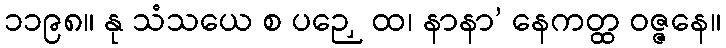
၁၁၉၈။ နု သံသယေ စ ပဉှေ ထ၊ နာနာ’ နေကတ္ထ ဝဇ္ဇနေ။